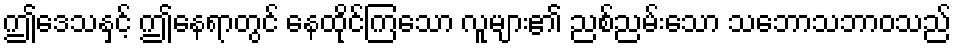
ဤဒေသနှင့် ဤနေရာတွင် နေထိုင်ကြသော လူများ၏ ညစ်ညမ်းသော သဘောသဘာဝသည်